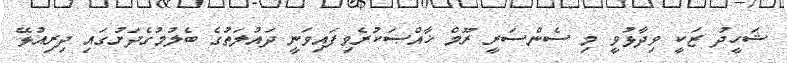
ޝަހީދު ޒަކީ ވިދާޅުވީ މި ސެންސަރީ ރޫމް ޚާއްޞަކުރެވިފައިވަނީ ދައުލަތުގެ ބެލުމުގެދަށުގައި ދިރިއުޅޭ